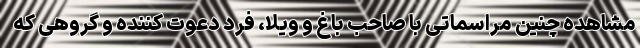
مشاهده چنین مراسماتی با صاحب باغ و ویلا، فرد دعوت کننده و گروهی که